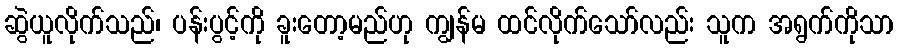
ဆွဲယူလိုက်သည်၊ ပန်းပွင့်ကို ခူးတော့မည်ဟု ကျွန်မ ထင်လိုက်သော်လည်း သူက အရွက်ကိုသာ